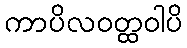
ကာပိလဝတ္ထဝါပိ